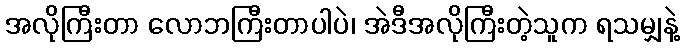
အလိုကြီးတာ လောဘကြီးတာပါပဲ၊ အဲဒီအလိုကြီးတဲ့သူက ရသမျှနဲ့